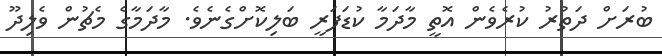
ބުރަށް ދަތުރު ކުރެވެން އޮތީ މާދަމާ ކުޑަފަރީ ބަލިކޮށްގެނެވެ. މާދަމާގެ މެޗުން ވެލިދޫ